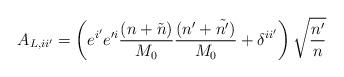
LaTeX: \begin{align*}A_{L,ii'}= \left(e^{i'}e'^{i}\frac{(n+\tilde{n})}{M_{0}} \frac{(n'+\tilde{n'})}{M_{0}} + \delta^{ii'}\right) \sqrt{\frac{n'}{n}} \end{align*}